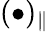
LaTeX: (\bullet)_{\| }